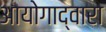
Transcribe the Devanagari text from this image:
आयोगाद्वारा